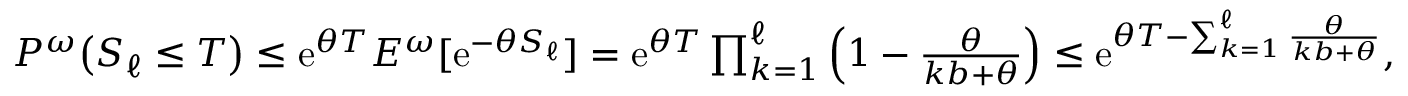
\begin{array} { r } { P ^ { \omega } \big ( S _ { \ell } \leq T \big ) \leq \mathrm { e } ^ { \theta T } E ^ { \omega } [ \mathrm { e } ^ { - \theta S _ { \ell } } ] = \mathrm { e } ^ { \theta T } \prod _ { k = 1 } ^ { \ell } \Big ( 1 - \frac \theta { k b + \theta } \Big ) \leq \mathrm { e } ^ { \theta T - \sum _ { k = 1 } ^ { \ell } \frac \theta { k b + \theta } } , } \end{array}